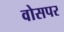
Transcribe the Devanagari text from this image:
वोसपर